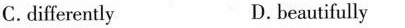
C.differently D. beautifully